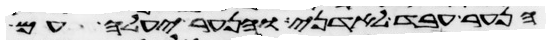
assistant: הנער עבד לאדני והנער יעלה עם